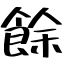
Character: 餘